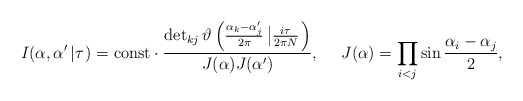
\begin{align*} I(\alpha,\alpha '\left|\tau \right.)={\rm const}\cdot\frac{\det_{kj}\vartheta\left(\frac{\alpha _k-\alpha'_j}{2\pi }\left|\frac{i\tau }{2\pi N}\right.\right)}{J(\alpha )J(\alpha ')},~~~~J(\alpha )=\prod_{i<j}\sin\frac{\alpha _i-\alpha _j}{2},\end{align*}